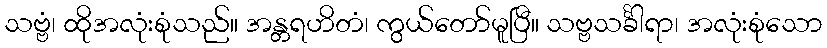
သဗ္ဗံ၊ ထိုအလုံးစုံသည်။ အန္တရဟိတံ၊ ကွယ်တော်မူပြီ။ သဗ္ဗသင်္ခါရာ၊ အလုံးစုံသော